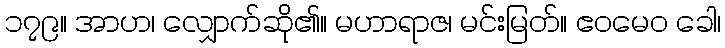
၁၇၉။ အာဟ၊ လျှောက်ဆို၏။ မဟာရာဇ၊ မင်းမြတ်။ ဧဝမေဝ ခေါ၊